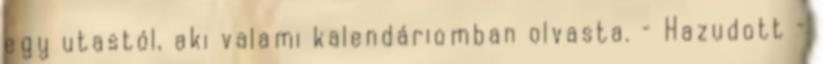
egy utastól, aki valami kalendáriomban olvasta. – Hazudott –